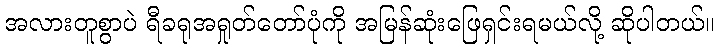
အလားတူစွာပဲ ရီခရုအရှုတ်တော်ပုံကို အမြန်ဆုံးဖြေရှင်းရမယ်လို့ ဆိုပါတယ်။